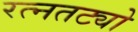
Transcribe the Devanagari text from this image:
रत्नतट्यो